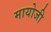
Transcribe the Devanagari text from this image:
मायोजी